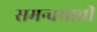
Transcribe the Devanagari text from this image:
समन्वयाची